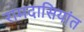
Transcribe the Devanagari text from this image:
रामदासियांत